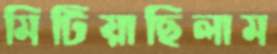
মিটিয়াছিলাম